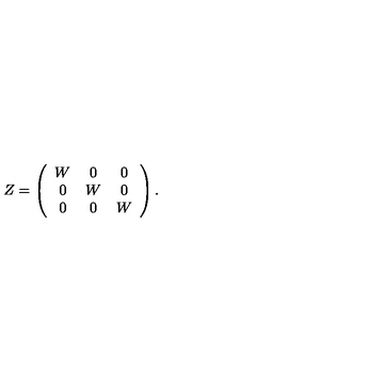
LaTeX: Z = \left( \begin{array} { c c c } { W } & { 0 } & { 0 } \\ { 0 } & { W } & { 0 } \\ { 0 } & { 0 } & { W } \\ \end{array} \right) .